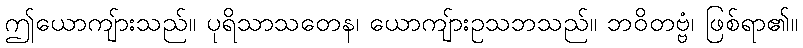
ဤယောကျ်ားသည်။ ပုရိသာသတေန၊ ယောကျ်ားဥသဘသည်။ ဘဝိတဗ္ဗံ၊ ဖြစ်ရာ၏။